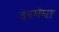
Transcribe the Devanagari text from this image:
दरमेघा